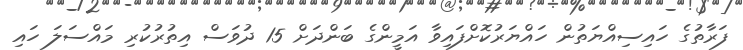
ފަރާތުގެ ހައިސިއްޔަތުން ހައްޔަރުކޮށްފައިވާ އަމީންގެ ބަންދަށް 15 ދުވަސް އިތުރުކުރި މައްސަލަ ހައި